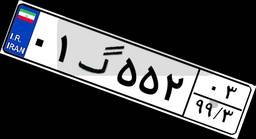
۰۱گ۵۵۲۰۳